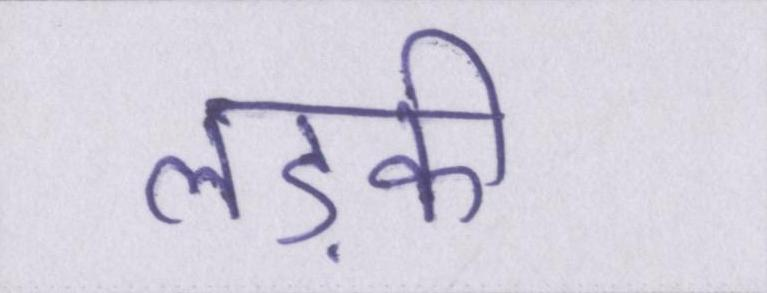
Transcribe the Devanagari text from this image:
लड़की